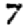
Digit: 7